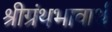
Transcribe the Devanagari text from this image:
श्रीग्रंथभावार्थ